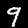
Label: 9